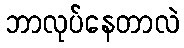
ဘာလုပ်နေတာလဲ